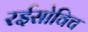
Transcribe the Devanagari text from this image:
रईसोविच